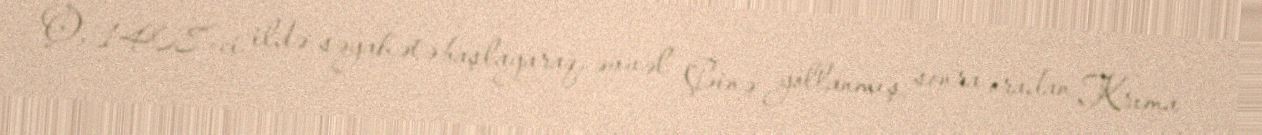
O, 1408-ci ildə səyahətə başlayaraq, əvvəl Çinə yollanmış, sonra oradan Krıma